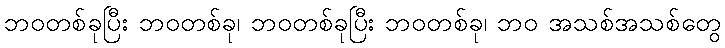
ဘဝတစ်ခုပြီး ဘဝတစ်ခု၊ ဘဝတစ်ခုပြီး ဘဝတစ်ခု၊ ဘဝ အသစ်အသစ်တွေ